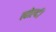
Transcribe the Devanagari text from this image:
त्वोर्ल्द।